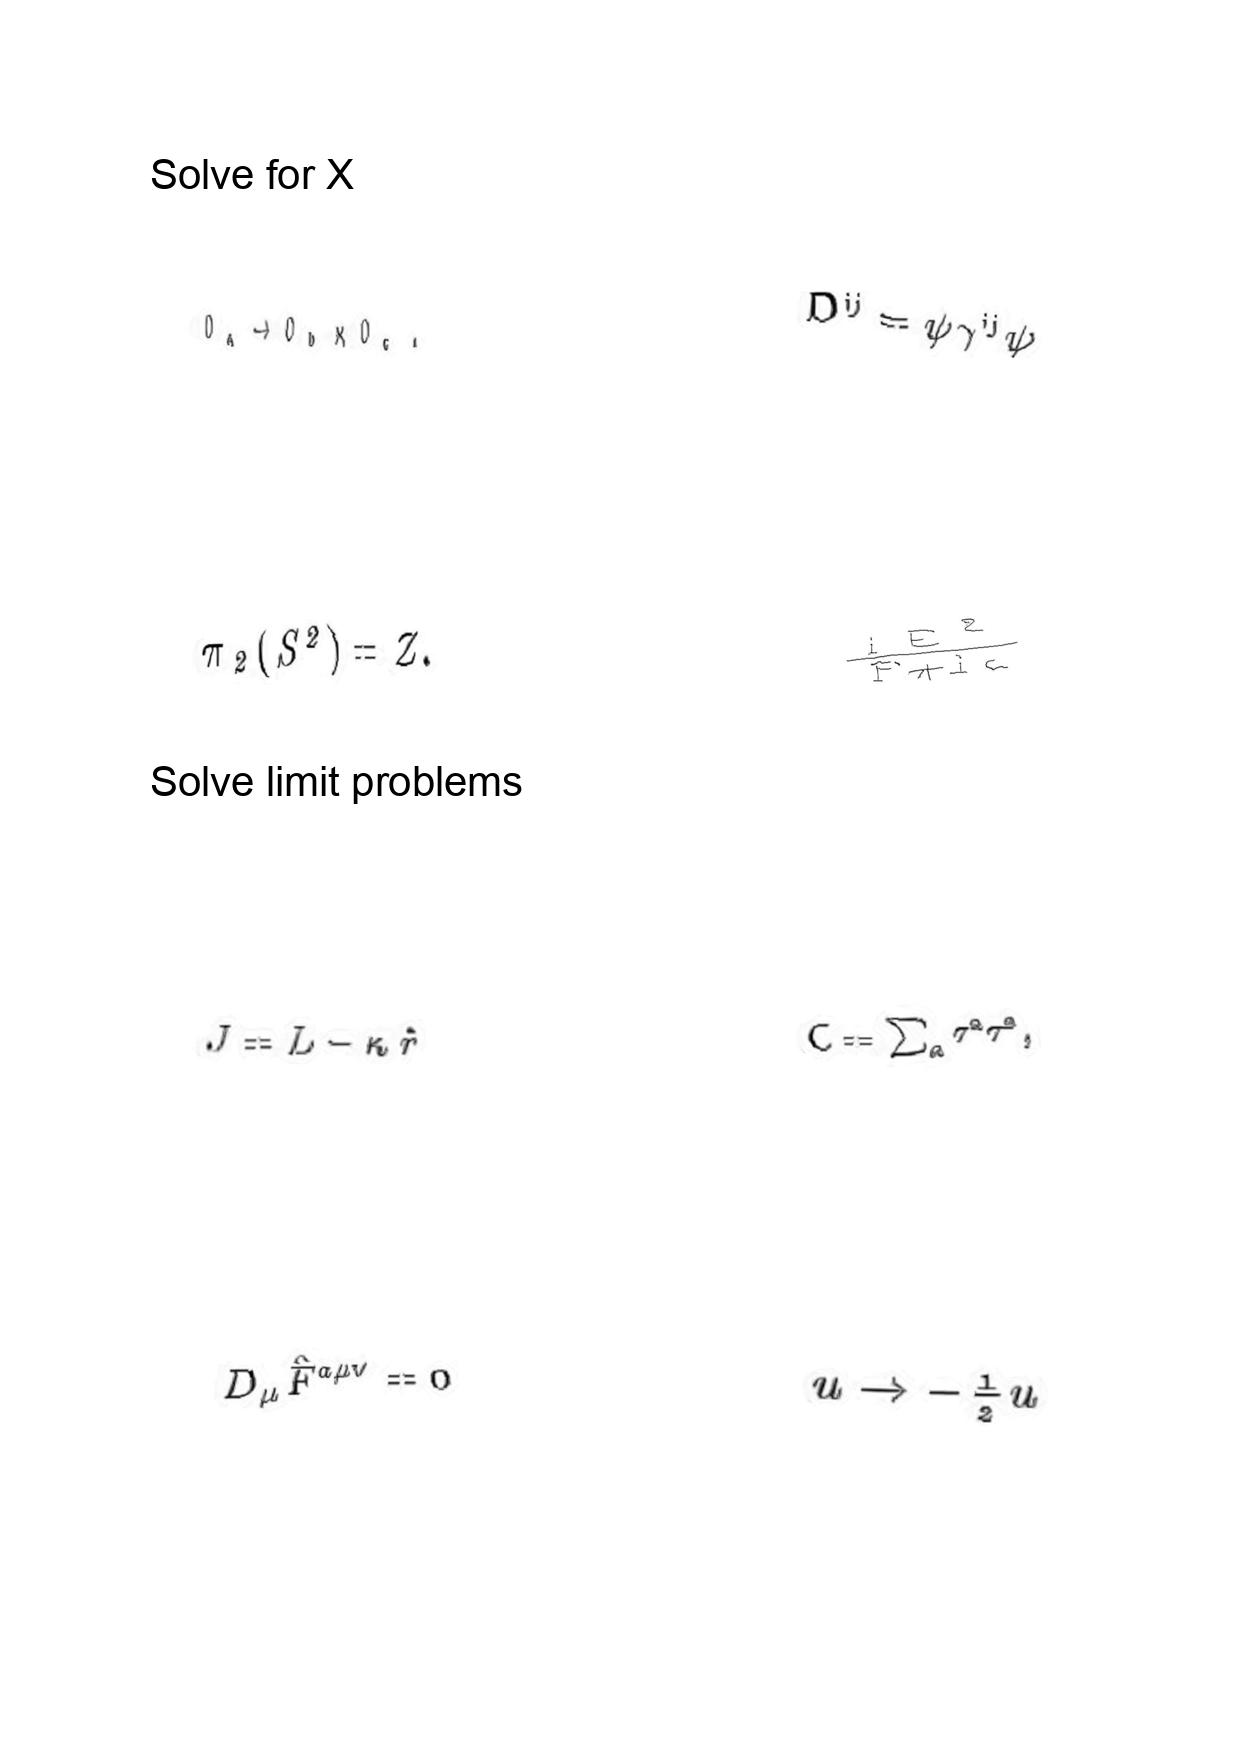
LaTeX transcription:
O _ { a } \rightarrow O _ { b } \times O _ { c } .
\pi _ { 2 } \lparen S ^ { 2 } \rparen = Z .
J = L - \kappa \hat { r }
D _ { \mu } \hat { F } ^ { a \mu \nu } = 0
D ^ { i j } = \psi \gamma ^ { i j } \psi
\frac { i E ^ { 2 } } { F + i \epsilon }
C = \sum _ { a } \tau ^ { a } \tau ^ { a } ,
u \rightarrow - \frac { 1 } { 2 } u